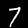
Digit: 7